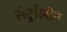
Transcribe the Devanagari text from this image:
सेर्ट्रालीन